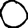
Digit: 0